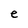
Character: e